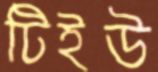
টিইউ